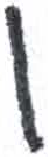
אות: ן